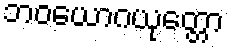
ဘဝယောဂယုတ္တော